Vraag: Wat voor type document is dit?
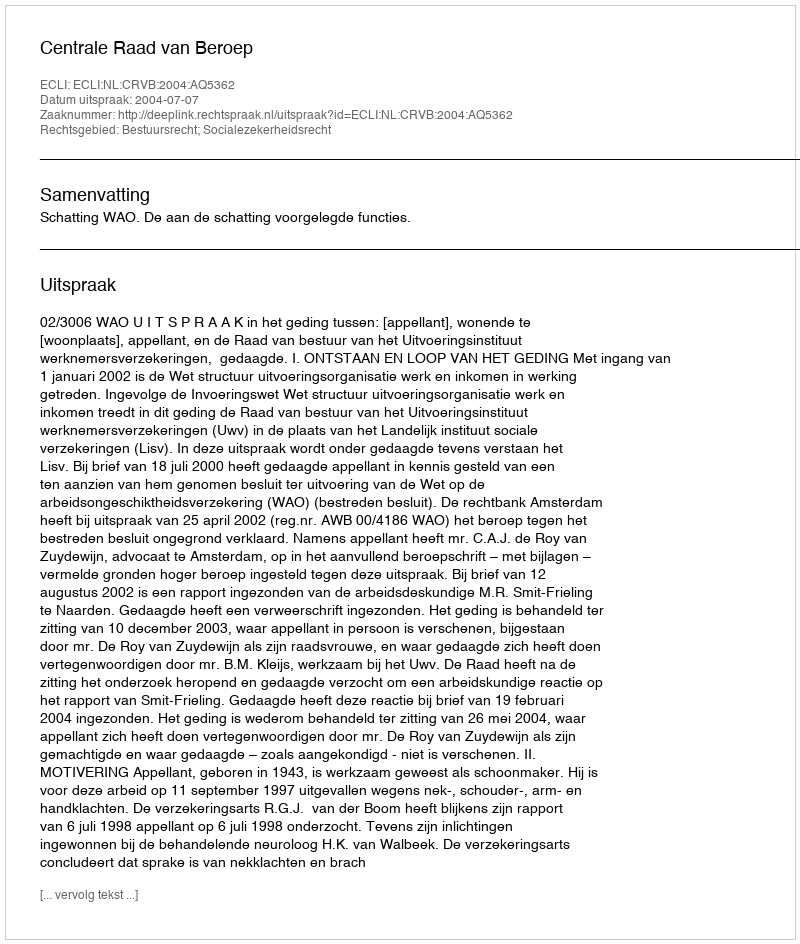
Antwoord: Uitspraak